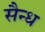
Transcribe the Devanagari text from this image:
सैन्ध